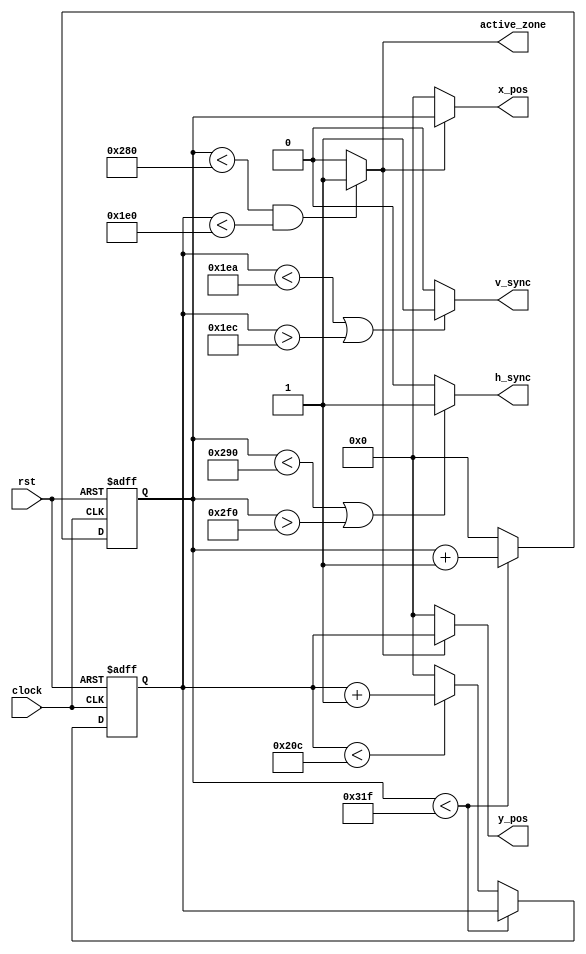
module vga(
				input clock,
				input rst,
				output  h_sync,
				output  v_sync,
				output  active_zone,
				output [9:0] x_pos, y_pos);
				
			
				localparam h_visible_area = 640;
				localparam h_front_porch = 16;
				localparam h_back_porch = 48;
				localparam h_sync_pulse = 96;
				localparam h_total_pixels = 800;
					
				localparam v_visible_area = 480;
				localparam v_front_porch = 10;
				localparam v_back_porch = 33;
				localparam v_sync_pulse = 2;
				localparam v_total_pixels = 525;

				
				reg [9:0] h_counter;
				reg [9:0] v_counter;
				
				
				always @(posedge clock or negedge rst) begin
				if(~rst) begin
							h_counter <=10'b0;
							v_counter <=10'b0;
							end
				else begin
						if (h_counter < h_total_pixels - 1)
									h_counter <= h_counter + 1'b1;
									else 	begin
											h_counter <= 10'b00;
											if(v_counter < v_total_pixels - 1) 
													v_counter <= v_counter + 1'b1;
											  else v_counter <= 10'b0;
											 end 
					 	end
				end						
				
				
				assign h_sync = ((h_counter < (h_visible_area + h_front_porch)) | (h_counter > (h_visible_area + h_front_porch + h_sync_pulse))) ? 1'b1 : 1'b0;
				assign v_sync = ((v_counter < (v_visible_area + v_front_porch)) | (v_counter > (v_visible_area + v_front_porch + v_sync_pulse))) ? 1'b1 : 1'b0;
				assign active_zone = ((h_counter < h_visible_area) & (v_counter < v_visible_area)) ? 1'b1 : 1'b0;		
					   
				
				assign x_pos = active_zone ?  h_counter : 10'b0;
				assign y_pos = active_zone  ? v_counter : 10'b0;	
endmodule